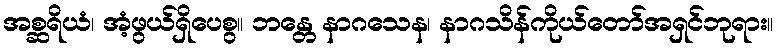
အစ္ဆရိယံ၊ အံ့ဖွယ်ရှိပေစွ။ ဘန္တေ နာဂသေန၊ နာဂသိန်ကိုယ်တော်အရှင်ဘုရား။